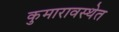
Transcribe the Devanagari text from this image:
कुमारावस्थेत